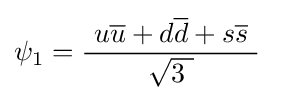
\psi _{1}={\frac {\ u{\overline {u}}+d{\overline {d}}+s{\overline {s}}\ }{\sqrt {3\ }}}~